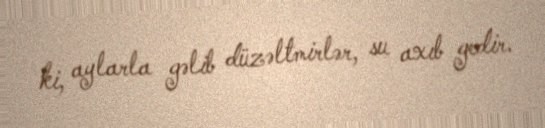
ki, aylarla gəlib düzəltmirlər, su axıb gedir.